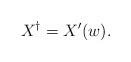
LaTeX: \begin{align*}X^\dag=X'(w).\end{align*}